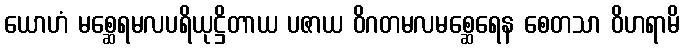
ယောဟံ မစ္ဆေရမလပရိယုဋ္ဌိတာယ ပဇာယ ဝိဂတမလမစ္ဆေရေန စေတသာ ဝိဟရာမိ